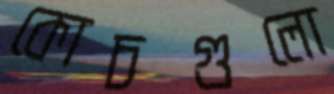
কোচগুলো